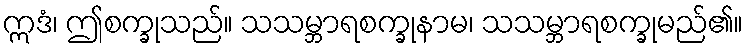
ဣဒံ၊ ဤစက္ခုသည်။ သသမ္ဘာရစက္ခုနာမ၊ သသမ္ဘာရစက္ခုမည်၏။